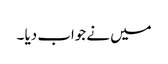
میں نے جواب دیا ۔